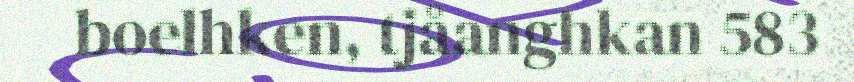
boelhken, tjåanghkan 583